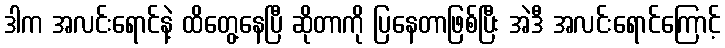
ဒါက အလင်းရောင်နဲ့ ထိတွေ့နေပြီ ဆိုတာကို ပြနေတာဖြစ်ပြီး အဲဒီ အလင်းရောင်ကြောင့်